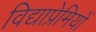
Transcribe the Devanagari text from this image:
विद्याप्रेमियों